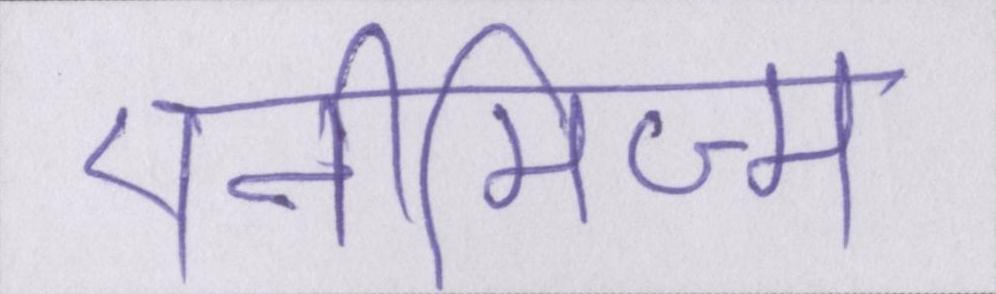
एनीमिज्म